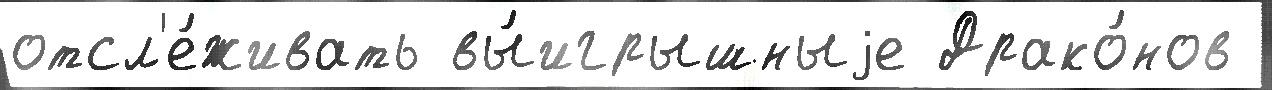
отсл'е́живать вы́игрышныjе Драко́нов